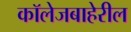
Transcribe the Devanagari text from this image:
कॉलेजबाहेरील